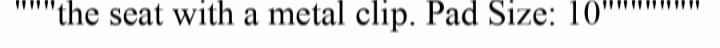
"""the seat with a metal clip. Pad Size: 10"""""""